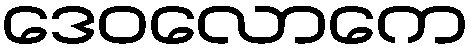
ဒေဝလောကေ